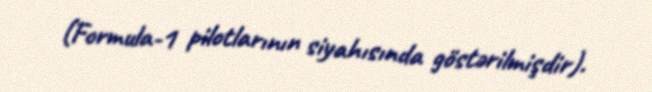
(Formula-1 pilotlarının siyahısında göstərilmişdir).